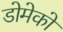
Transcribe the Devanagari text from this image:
डोमेको